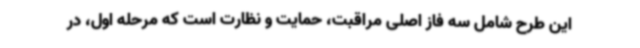
این طرح شامل سه فاز اصلی مراقبت، حمایت و نظارت است که مرحله اول، در